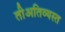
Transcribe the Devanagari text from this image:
तीअतिव्यस्त